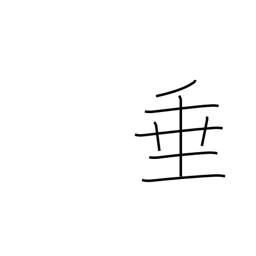
Meaning: droop